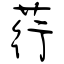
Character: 荇